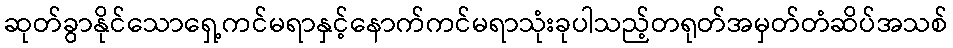
ဆုတ်ခွာနိုင်သောရှေ့ကင်မရာနှင့်နောက်ကင်မရာသုံးခုပါသည့်တရုတ်အမှတ်တံဆိပ်အသစ်